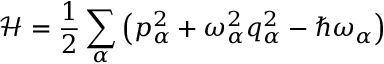
{ \mathcal { H } } = { \frac { 1 } { 2 } } \sum _ { \alpha } \left( p _ { \alpha } ^ { 2 } + \omega _ { \alpha } ^ { 2 } q _ { \alpha } ^ { 2 } - \hbar \omega _ { \alpha } \right)